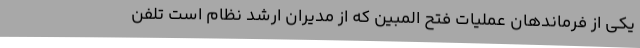
یکی از فرماندهان عملیات فتح المبین که از مدیران ارشد نظام است تلفن